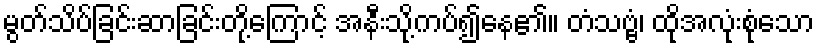
မွတ်သိပ်ခြင်းဆာခြင်းတို့ကြောင့် အနီးသို့ကပ်၍နေ၏။ တံသဗ္ဗံ၊ ထိုအလုံးစုံသော